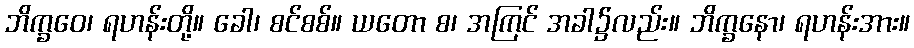
ဘိက္ခဝေ၊ ရဟန်းတို့။ ခေါ၊ စင်စစ်။ ယတော စ၊ အကြင် အခါ၌လည်း။ ဘိက္ခနော၊ ရဟန်းအား။